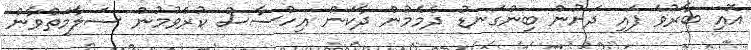
އޮއި ބާރުވެ ފައި ދަށުން ބިންގަނޑު ދެމެމުން ދާކަން އިހްސާސް ކުރެވުމުން ސަލާމަތްވާން